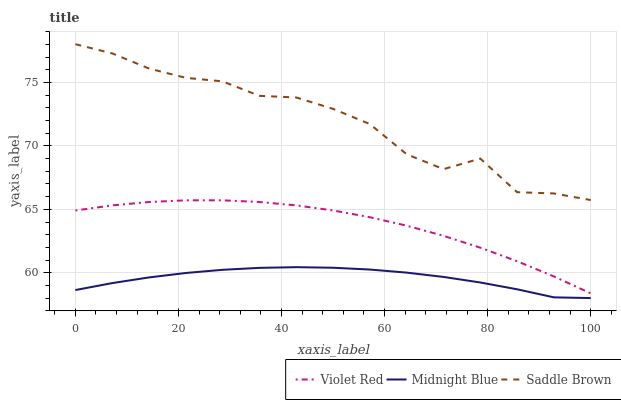
| xaxis_label | Violet Red | Midnight Blue | Saddle Brown |
 | --- | --- | --- | --- |
 | 0 | 64.9 | 58.6 | 78 |
 | 7.14 | 65.3 | 59.2 | 77.3 |
 | 14.3 | 65.6 | 59.6 | 76.1 |
 | 21.4 | 65.7 | 60 | 75.4 |
 | 28.6 | 65.7 | 60.2 | 75.1 |
 | 35.7 | 65.6 | 60.4 | 74 |
 | 42.9 | 65.3 | 60.4 | 73.8 |
 | 50 | 64.9 | 60.4 | 72.9 |
 | 57.1 | 64.4 | 60.2 | 71.7 |
 | 64.3 | 63.7 | 60 | 69.3 |
 | 71.4 | 62.9 | 59.7 | 68.2 |
 | 78.6 | 62 | 59.2 | 69 |
 | 85.7 | 60.9 | 58.7 | 66.4 |
 | 92.9 | 59.7 | 58.1 | 66.3 |
 | 100 | 58.4 | 58 | 65.7 |